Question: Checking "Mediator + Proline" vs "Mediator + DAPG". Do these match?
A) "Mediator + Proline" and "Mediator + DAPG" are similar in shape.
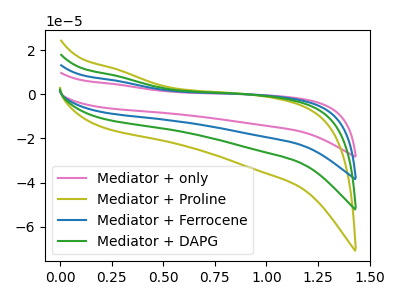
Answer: <think>The pink curve "Mediator + only" has no peaks. The olive curve "Mediator + Proline" has no peaks. The blue curve "Mediator + Ferrocene" has no peaks. The green curve "Mediator + DAPG" has no peaks.
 Neither "Mediator + Proline" or "Mediator + DAPG" have any peaks.</think>
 <answer>A) "Mediator + Proline" and "Mediator + DAPG" are similar in shape.</answer>
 <eval>A</eval>